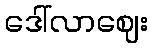
ဒေါ်လာဈေး